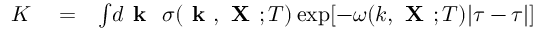
\begin{array} { r l r } { K } & { { } = } & { \int \! d { \textbf { k } } \ \sigma ( { \textbf { k } } , { \textbf { X } } ; T ) \exp [ - \omega ( k , { \textbf { X } } ; T ) | \tau - \tau | ] } \end{array}